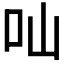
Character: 𠮿